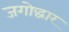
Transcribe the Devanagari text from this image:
जगोद्धार